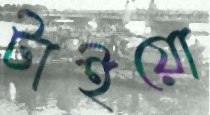
টাইয়ো